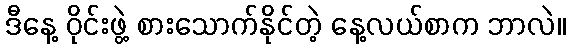
ဒီနေ့ ဝိုင်းဖွဲ့ စားသောက်နိုင်တဲ့ နေ့လယ်စာက ဘာလဲ။